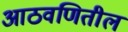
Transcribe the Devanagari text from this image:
आठवणितील